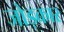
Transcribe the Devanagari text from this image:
जोड़कार